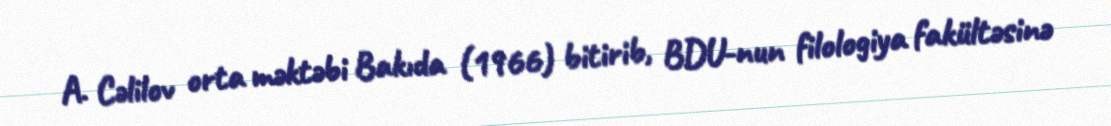
A. Cəlilov orta məktəbi Bakıda (1966) bitirib, BDU-nun filologiya fakültəsinə